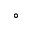
^ \circ